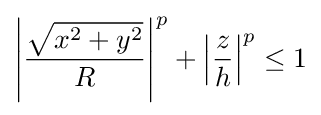
\left|{\frac {\sqrt {x^{2}+y^{2}}}{R}}\right|^{p}+\left|{\frac {z}{h}}\right|^{p}\leq 1